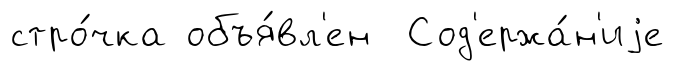
стро́чка объя́вл'ен Сод'ержа́н'иjе